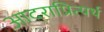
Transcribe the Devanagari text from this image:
आदराप्रित्यर्थ